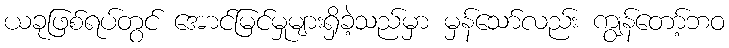
ယခုဖြစ်ရပ်တွင် အောင်မြင်မှုများရှိခဲ့သည်မှာ မှန်သော်လည်း ကျွန်တော့်ဘဝ